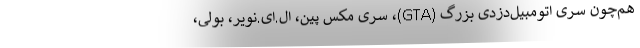
هم‌چون سری اتومبیل‌دزدی بزرگ (GTA)، سری مکس پین، ال.ای.نویر، بولی،